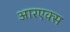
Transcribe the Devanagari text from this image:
आरएक्स